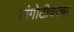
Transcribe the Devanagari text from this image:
लंगोटीवरचा